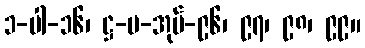
၁-ပါ-၁၆၊ ဋ္ဌ-ပ-အုပ်-၉၆၊ ၉၇၊ ၉၈၊ ၉၉။